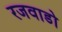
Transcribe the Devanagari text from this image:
रजवाडो